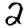
Digit: 2